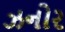
ઝનોર